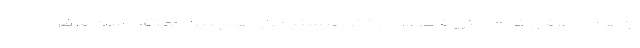
آن‌هم از طرقی که ما حتی قادر به درکش نیستیم. او همچنین معتقد است فرض